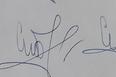
Signature authenticity: genuine